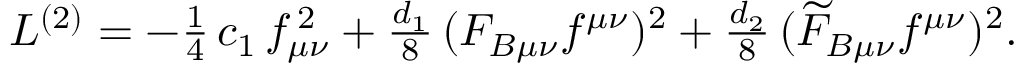
\begin{array} { r } { { \cal L } ^ { ( 2 ) } = - \frac { 1 } { 4 } \, c _ { 1 } \, f _ { \mu \nu } ^ { \, 2 } + \frac { d _ { 1 } } { 8 } \, ( F _ { B \mu \nu } f ^ { \mu \nu } ) ^ { 2 } + \frac { d _ { 2 } } { 8 } \, ( \widetilde { F } _ { B \mu \nu } f ^ { \mu \nu } ) ^ { 2 } . \; \; \; } \end{array}